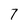
Character: 7